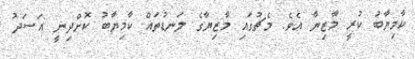
ކާމިޔާބު ކުރީ މާޒިޔާ އެވެ. މެޗުގައި މާޒިޔާގެ ލަނޑުތައް ކާމިޔާބު ކޮށްދިނީ އަަސަދު